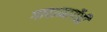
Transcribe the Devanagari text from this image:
गावामार्गेही